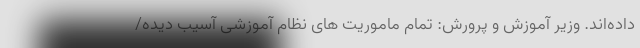
داده‌اند. وزیر آموزش و پرورش: تمام ماموریت های نظام آموزشی آسیب دیده/